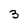
Character: 3